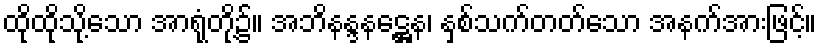
ထိုထိုသို့သော အာရုံတို့၌။ အဘိနန္ဒနဋ္ဌေန၊ နှစ်သက်တတ်သော အနက်အားဖြင့်။